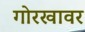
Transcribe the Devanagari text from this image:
गोरखावर